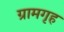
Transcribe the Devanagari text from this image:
ग्रामगृह